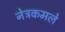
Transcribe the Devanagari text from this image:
नेत्रकमले